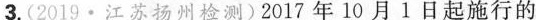
3.（2019·江苏扬州检测）2017年10月1日起施行的